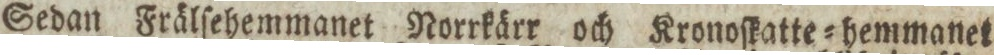
Sedan Frälſehemmanet Norrkärr och Kronoſkatte=hemmanet